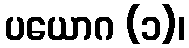
ပယောဂ (၁)၊